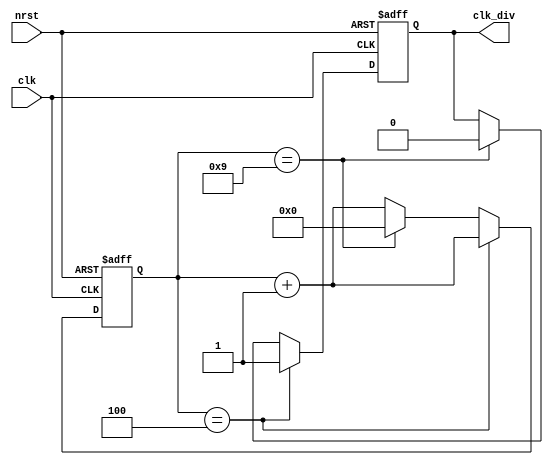
module frq_div(clk, nrst, clk_div);
input nrst, clk;
output clk_div;
reg [3:0] cnt;
reg clk_div;

always @(posedge clk or negedge nrst) begin
	if(!nrst) begin
		cnt <= 0;
		clk_div <= 0;
	end
	else begin
		if(cnt == 4) begin
			clk_div <= 1'b1;
			cnt <= cnt + 1;
		end
		else if(cnt == 9) begin
			cnt <= 0;
			clk_div <= 1'b0;
		end
		else begin
			cnt <= cnt + 1;
		end
	end
end
endmodule